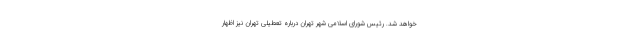
خواهد شد. رئیس شورای اسلامی شهر تهران درباره تعطیلی تهران نیز اظهار